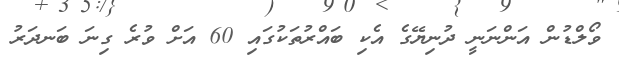
ވޯލްޑުން އަންނަނީ ދުނިޔޭގެ އެކި ބައްރުތަކުގައި 60 އަށް ވުރެ ގިނަ ބަނދަރު